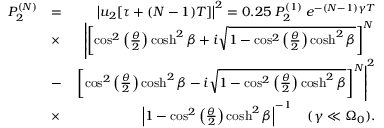
\begin{array} { r l r } { P _ { 2 } ^ { ( N ) } } & { = } & { \left| u _ { 2 } [ \tau + ( N - 1 ) T ] \right| ^ { 2 } = 0 . 2 5 \; P _ { 2 } ^ { ( 1 ) } \; e ^ { - ( N - 1 ) \gamma T } } \\ & { \times } & { \left| \left[ \cos ^ { 2 } \left( \frac { \theta } { 2 } \right) \cosh ^ { 2 } \beta + i \sqrt { 1 - \cos ^ { 2 } \left( \frac { \theta } { 2 } \right) \cosh ^ { 2 } \beta } \right] ^ { N } \right. } \\ & { - } & { \left. \left[ \cos ^ { 2 } \left( \frac { \theta } { 2 } \right) \cosh ^ { 2 } \beta - i \sqrt { 1 - \cos ^ { 2 } \left( \frac { \theta } { 2 } \right) \cosh ^ { 2 } \beta } \right] ^ { N } \right| ^ { 2 } } \\ & { \times } & { \left| 1 - \cos ^ { 2 } \left( \frac { \theta } { 2 } \right) \cosh ^ { 2 } \beta \right| ^ { - 1 } \quad ( \gamma \ll \Omega _ { 0 } ) . } \end{array}